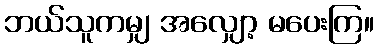
ဘယ်သူကမျှ အလျှော့ မပေးကြ။